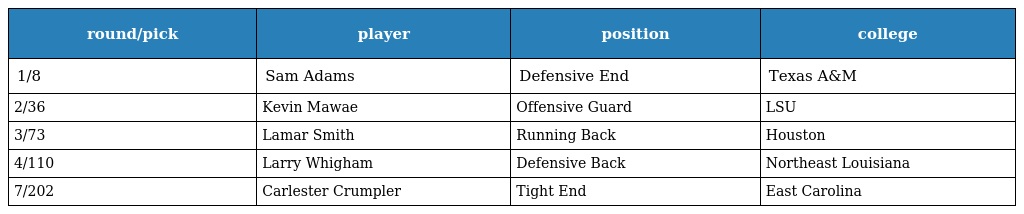
| round/pick | player | position | college |
 | --- | --- | --- | --- |
 | 1/8 | Sam Adams | Defensive End | Texas A&M |
 | 2/36 | Kevin Mawae | Offensive Guard | LSU |
 | 3/73 | Lamar Smith | Running Back | Houston |
 | 4/110 | Larry Whigham | Defensive Back | Northeast Louisiana |
 | 7/202 | Carlester Crumpler | Tight End | East Carolina |